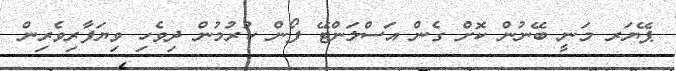
ޕޭޔަރ މަނީ ބޭނުން ކޮށް ގެން އަސްލަންޓޭ ފޯން ކުރުމުން ދިވެހި ވިޔަފާރިވެރިން